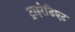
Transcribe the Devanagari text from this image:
ट्राइरेडिएट